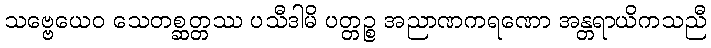
သဗ္ဗေယေဝ သေတစ္ဆတ္တဿ ပသီဒါမိ ပတ္တဉ္စ အညာဏကရဏော အန္တရာယိကသညီ